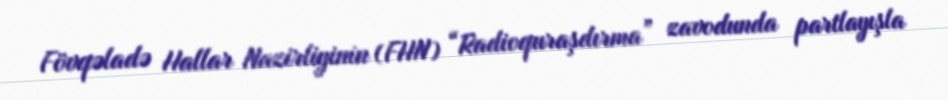
Fövqəladə Hallar Nazirliyinin (FHN) “Radioquraşdırma” zavodunda partlayışla